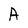
Character: A